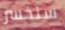
سنخسر